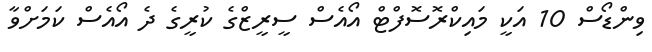
ވިންޑޯސް 10 އަކީ މައިކްރޮސޮފްޓް އޯއެސް ސީރީޒްގެ ކުރީގެ ދެ އޯއެސް ކަމަށްވާ